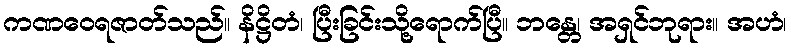
ကဏဝေရဇာတ်သည်။ နိဋ္ဌိတံ၊ ပြီးခြင်းသို့ရောက်ပြီ။ ဘန္တေ၊ အရှင်ဘုရား။ အဟံ၊